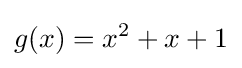
g(x)=x^{2}+x+1